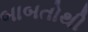
બાબતોથી